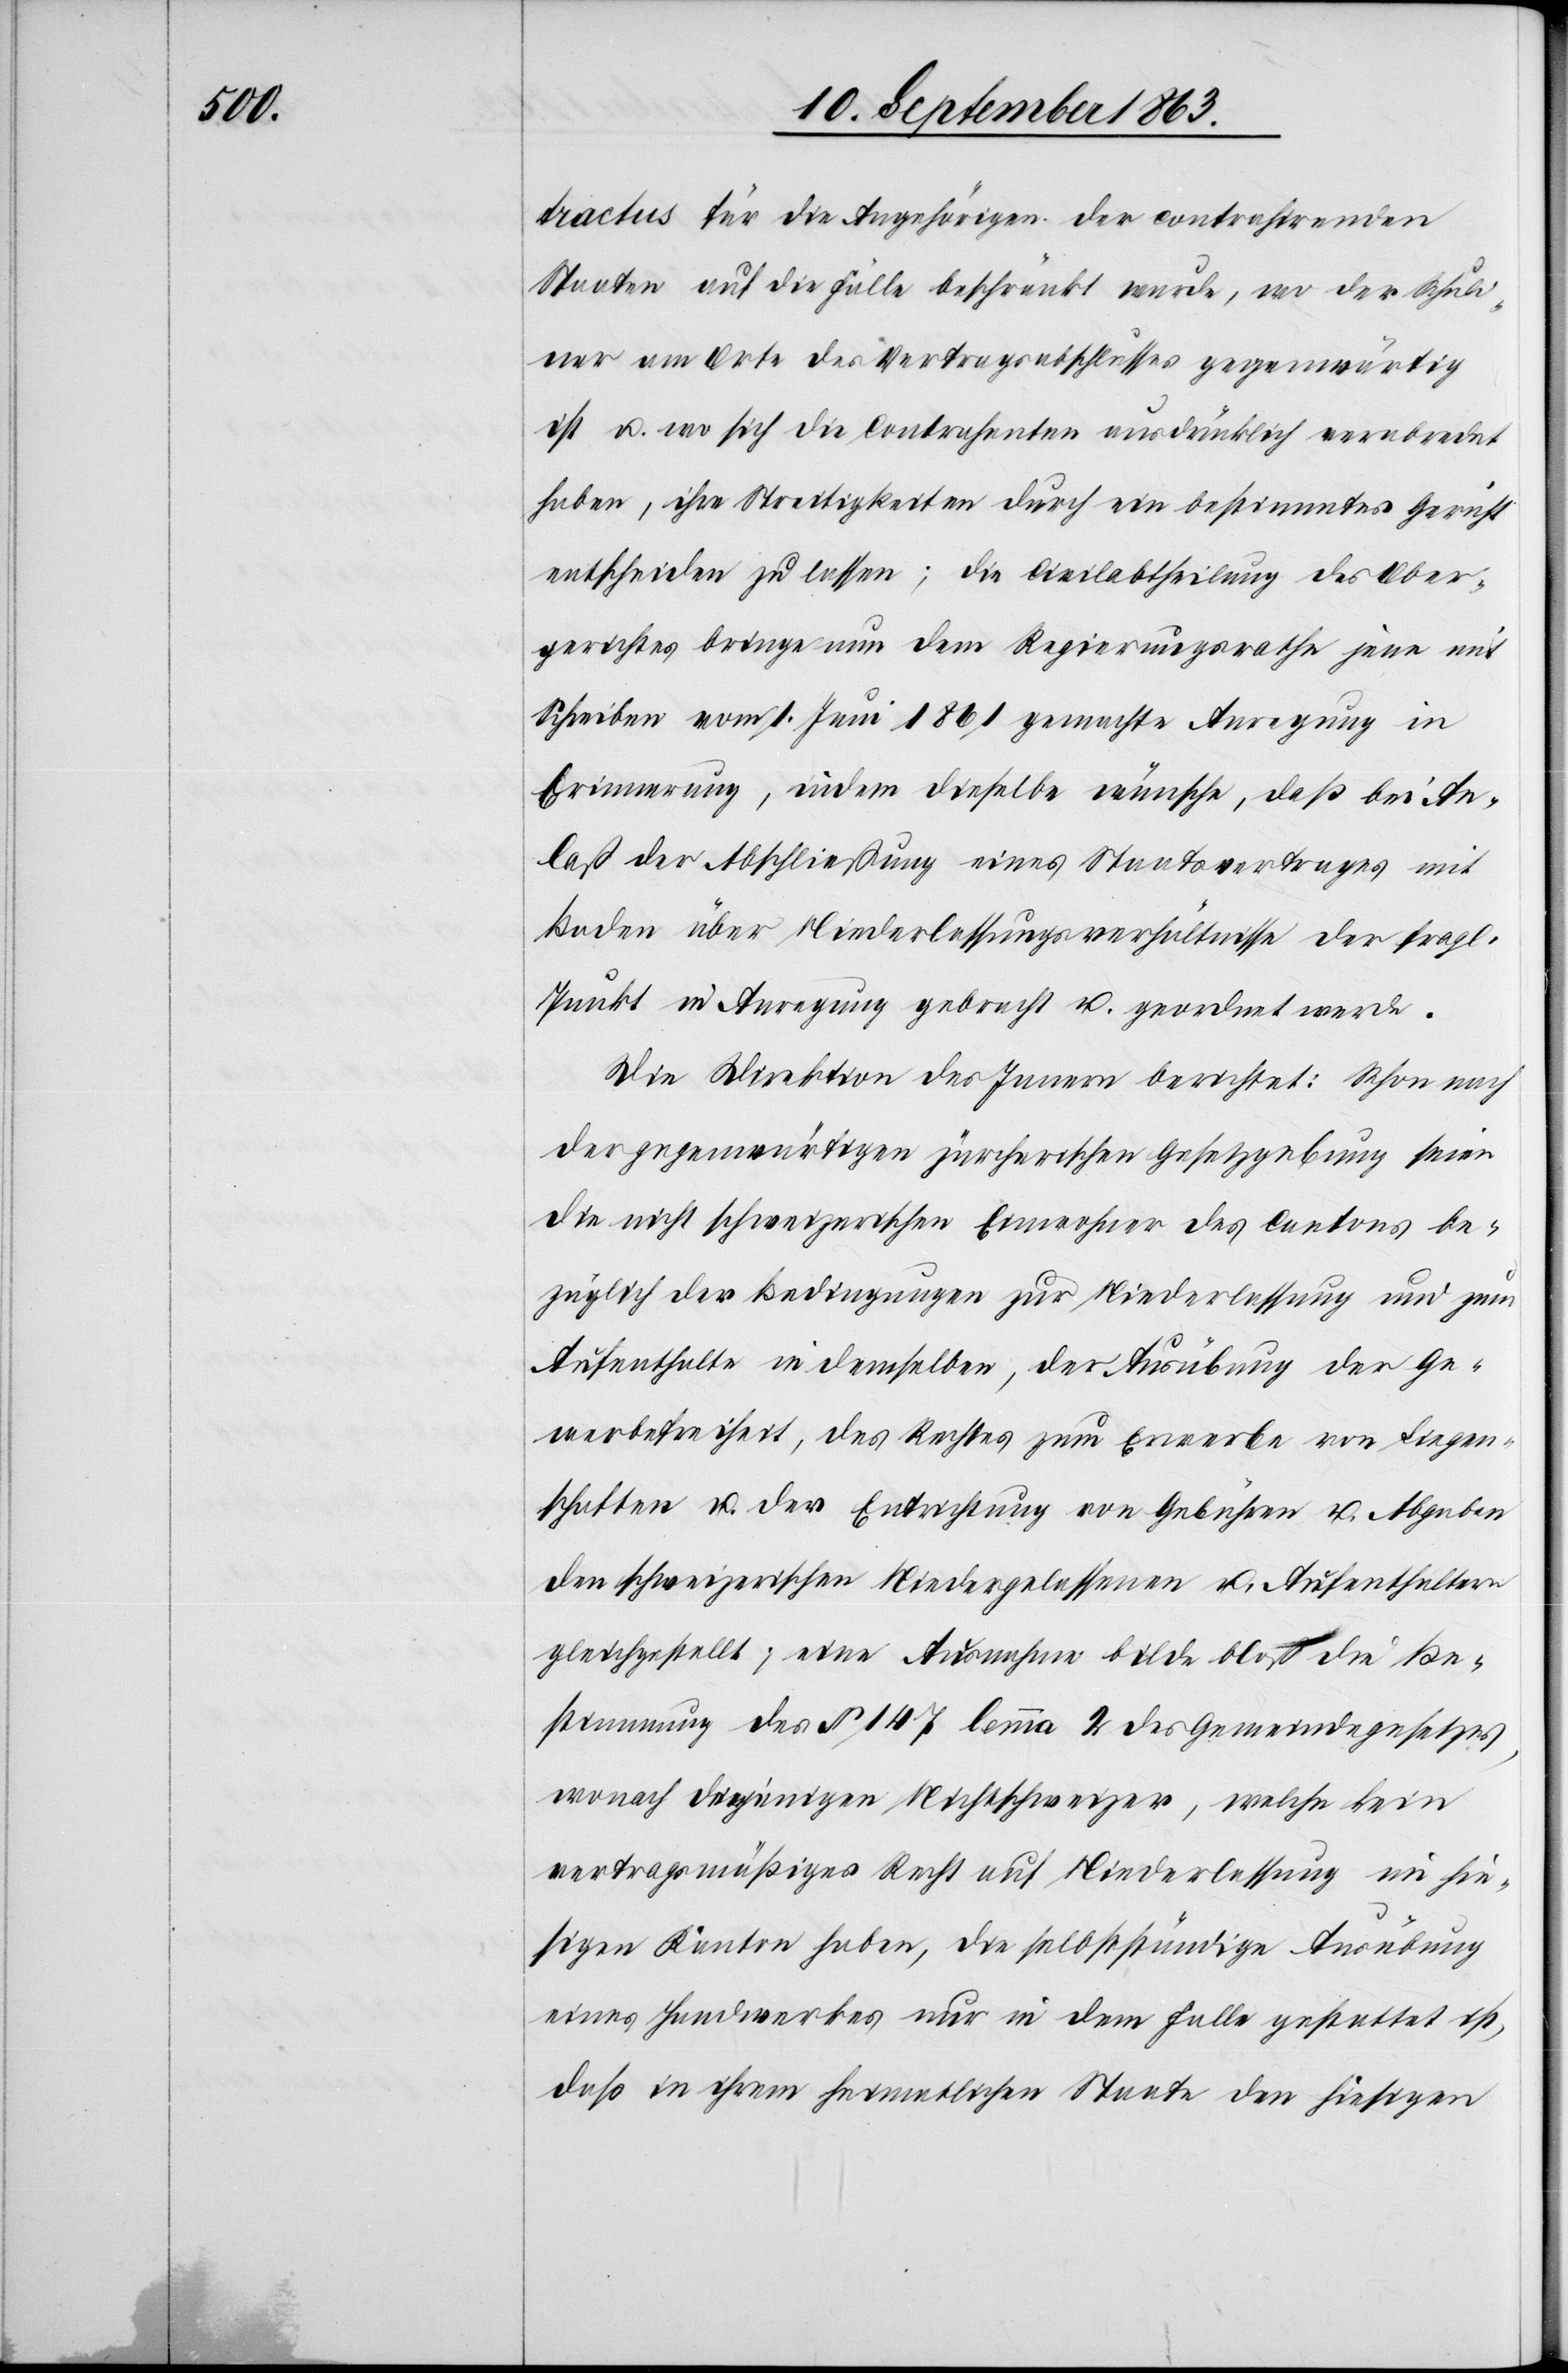
tractus für die Angehörigen der contrahirenden
Staaten auf die Fälle beschränkt wurde, wo der Schuld¬
ner am Orte des Vertragsabschlusses gegenwärtig
ist u. wo sich die Contrahenten ausdrücklich verabredet
haben, ihre Streitigkeiten durch ein bestimmtes Gericht
entscheiden zu lassen; die Civilabtheilung des Ober¬
gerichtes bringe nun dem Regierungsrathe jene mit
Schreiben vom 1. Juni 1861 gemachte Anregung in
Erinnerung, indem dieselbe wünsche, daß bei An¬
laß der Abschließung eines Staatsvertrages mit
Baden über Niederlassungsverhältnisse der fragl.
Punkt in Anregung gebracht u. geordnet werde.
Die Direktion des Innern berichtet: Schon nach
der gegenwärtigen zürcherischen Gesetzgebung seien
die nicht schweizerischen Einwohner des Cantons be¬
züglich der Bedingungen zur Niederlassung und zum
Aufenthalte in demselben, der Ausübung der Ge¬
werbefreiheit, des Rechtes zum Erwerbe von Liegen¬
schaften u. der Entrichtung von Gebühren u. Abgaben
den schweizerischen Niedergelassenen u. Aufenthaltern
gleichgestellt; eine Ausnahme bilde bloß die Be¬
stimmung des § 147 lemma 2 des Gemeindegesetzes,
wonach diejenigen Nichtschweizer, welche kein
vertragsmäßiges Recht auf Niederlassung im hie¬
sigen Kanton haben, die selbstständige Ausübung
eines Handwerkes nur in dem Falle gestattet ist,
daß in ihrem heimatlichen Staate den hiesigen